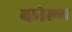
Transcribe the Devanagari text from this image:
कोल्म